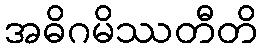
အဓိဂမိဿတီတိ